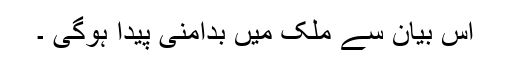
اس بیان سے ملک میں بدامنی پیدا ہوگی ۔